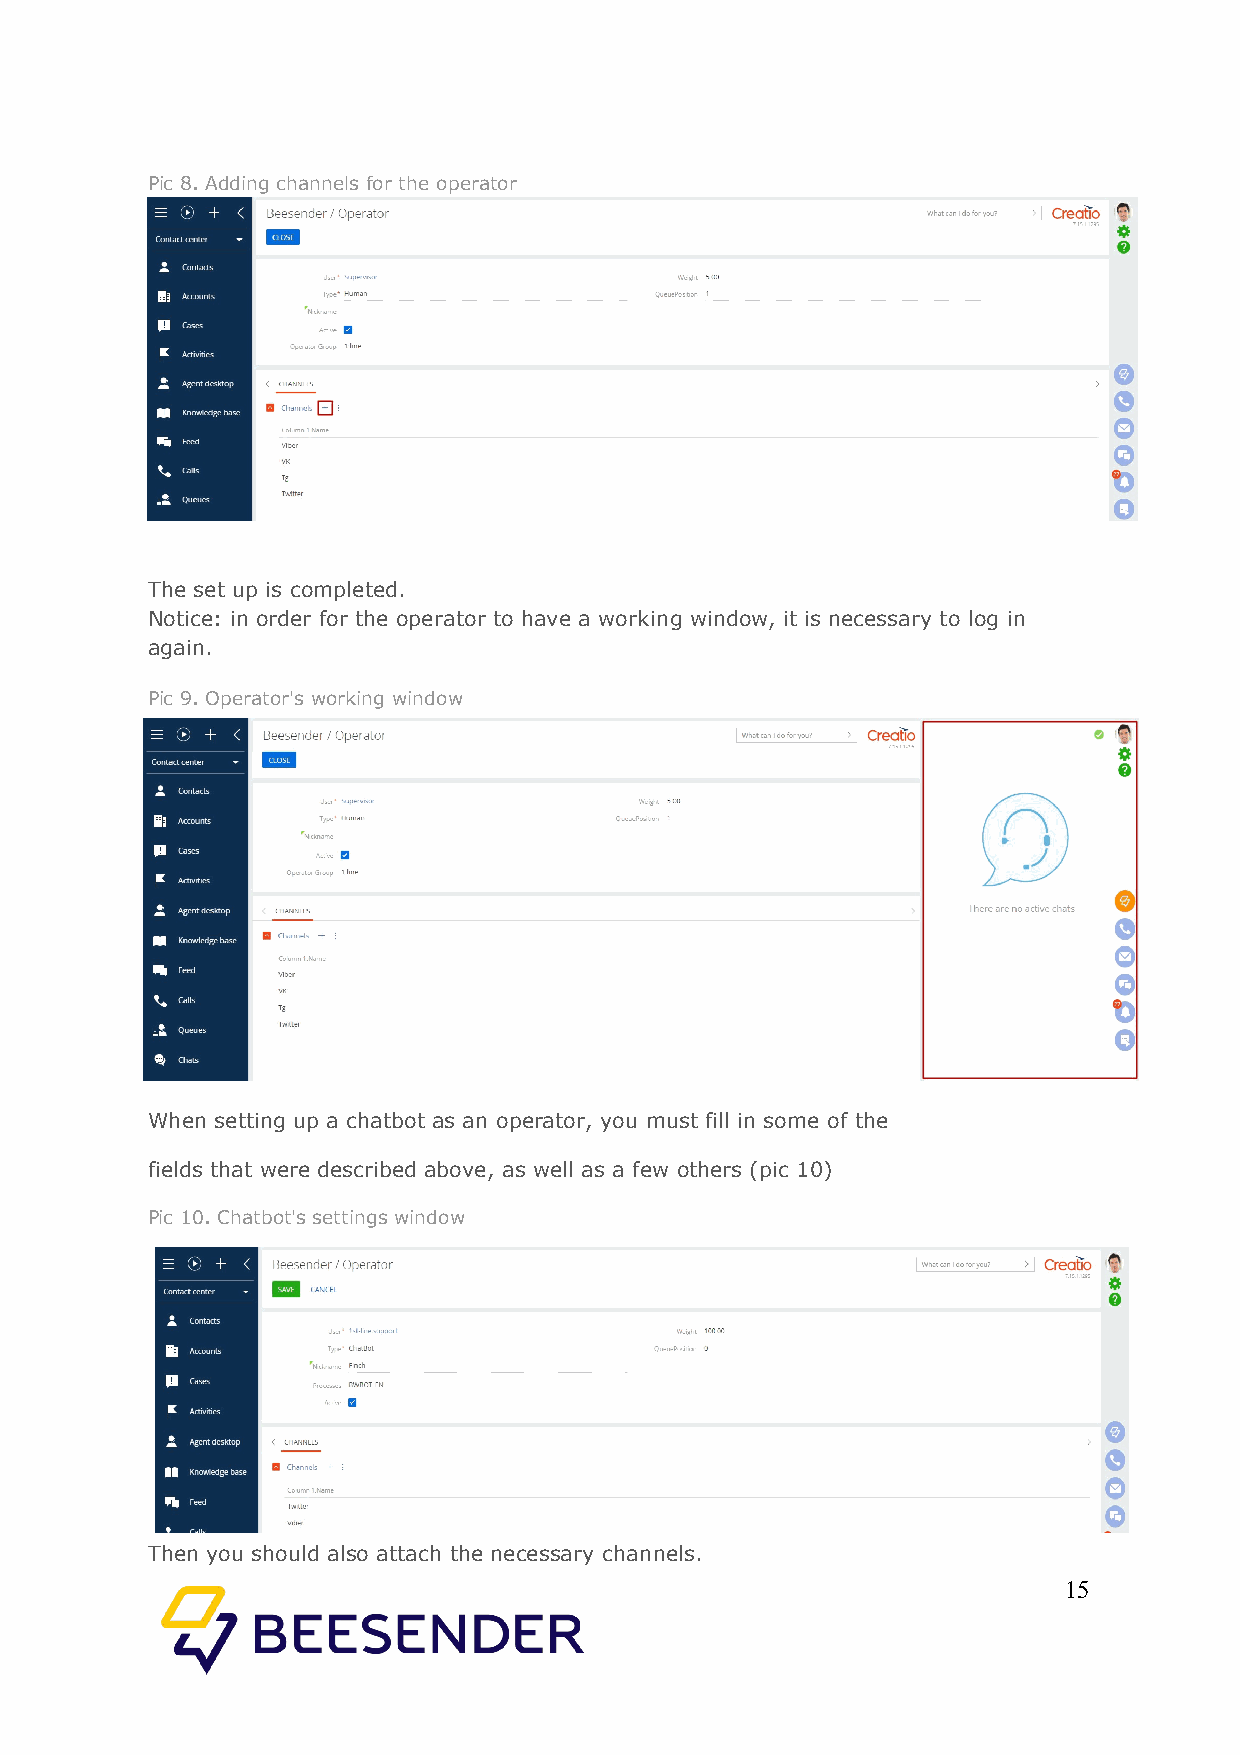
Pic 8. Adding channels for the operator
 The set up is completed.
 Notice: in order for the operator to have a working window, it is necessary to log in
 again.
 Pic 9. Operator's working window
 When setting up a chatbot as an operator, you must fill in some of the
 fields that were described above, as well as a few others (pic 10)
 Pic 10. Chatbot's settings window
 Then you should also attach the necessary channels.
 15